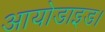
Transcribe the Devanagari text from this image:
आयोडाइड।